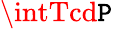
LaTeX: \intTcd\mathtt{P}